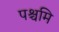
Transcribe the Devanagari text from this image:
पश्चमि